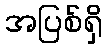
အပြစ်ရှိ